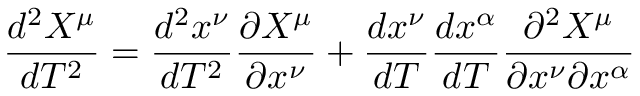
{ \frac { d ^ { 2 } X ^ { \mu } } { d T ^ { 2 } } } = { \frac { d ^ { 2 } x ^ { \nu } } { d T ^ { 2 } } } { \frac { \partial X ^ { \mu } } { \partial x ^ { \nu } } } + { \frac { d x ^ { \nu } } { d T } } { \frac { d x ^ { \alpha } } { d T } } { \frac { \partial ^ { 2 } X ^ { \mu } } { \partial x ^ { \nu } \partial x ^ { \alpha } } }